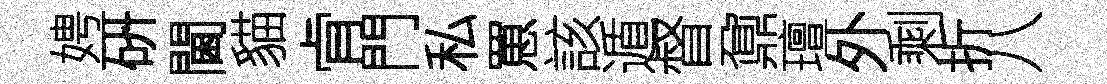
娉硏閫貓肻門私罳該遁督鼐璮外剩折八